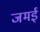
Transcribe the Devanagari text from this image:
जमई